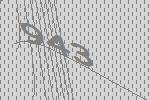
943